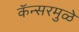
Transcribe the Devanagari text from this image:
कॅन्सरमुळे